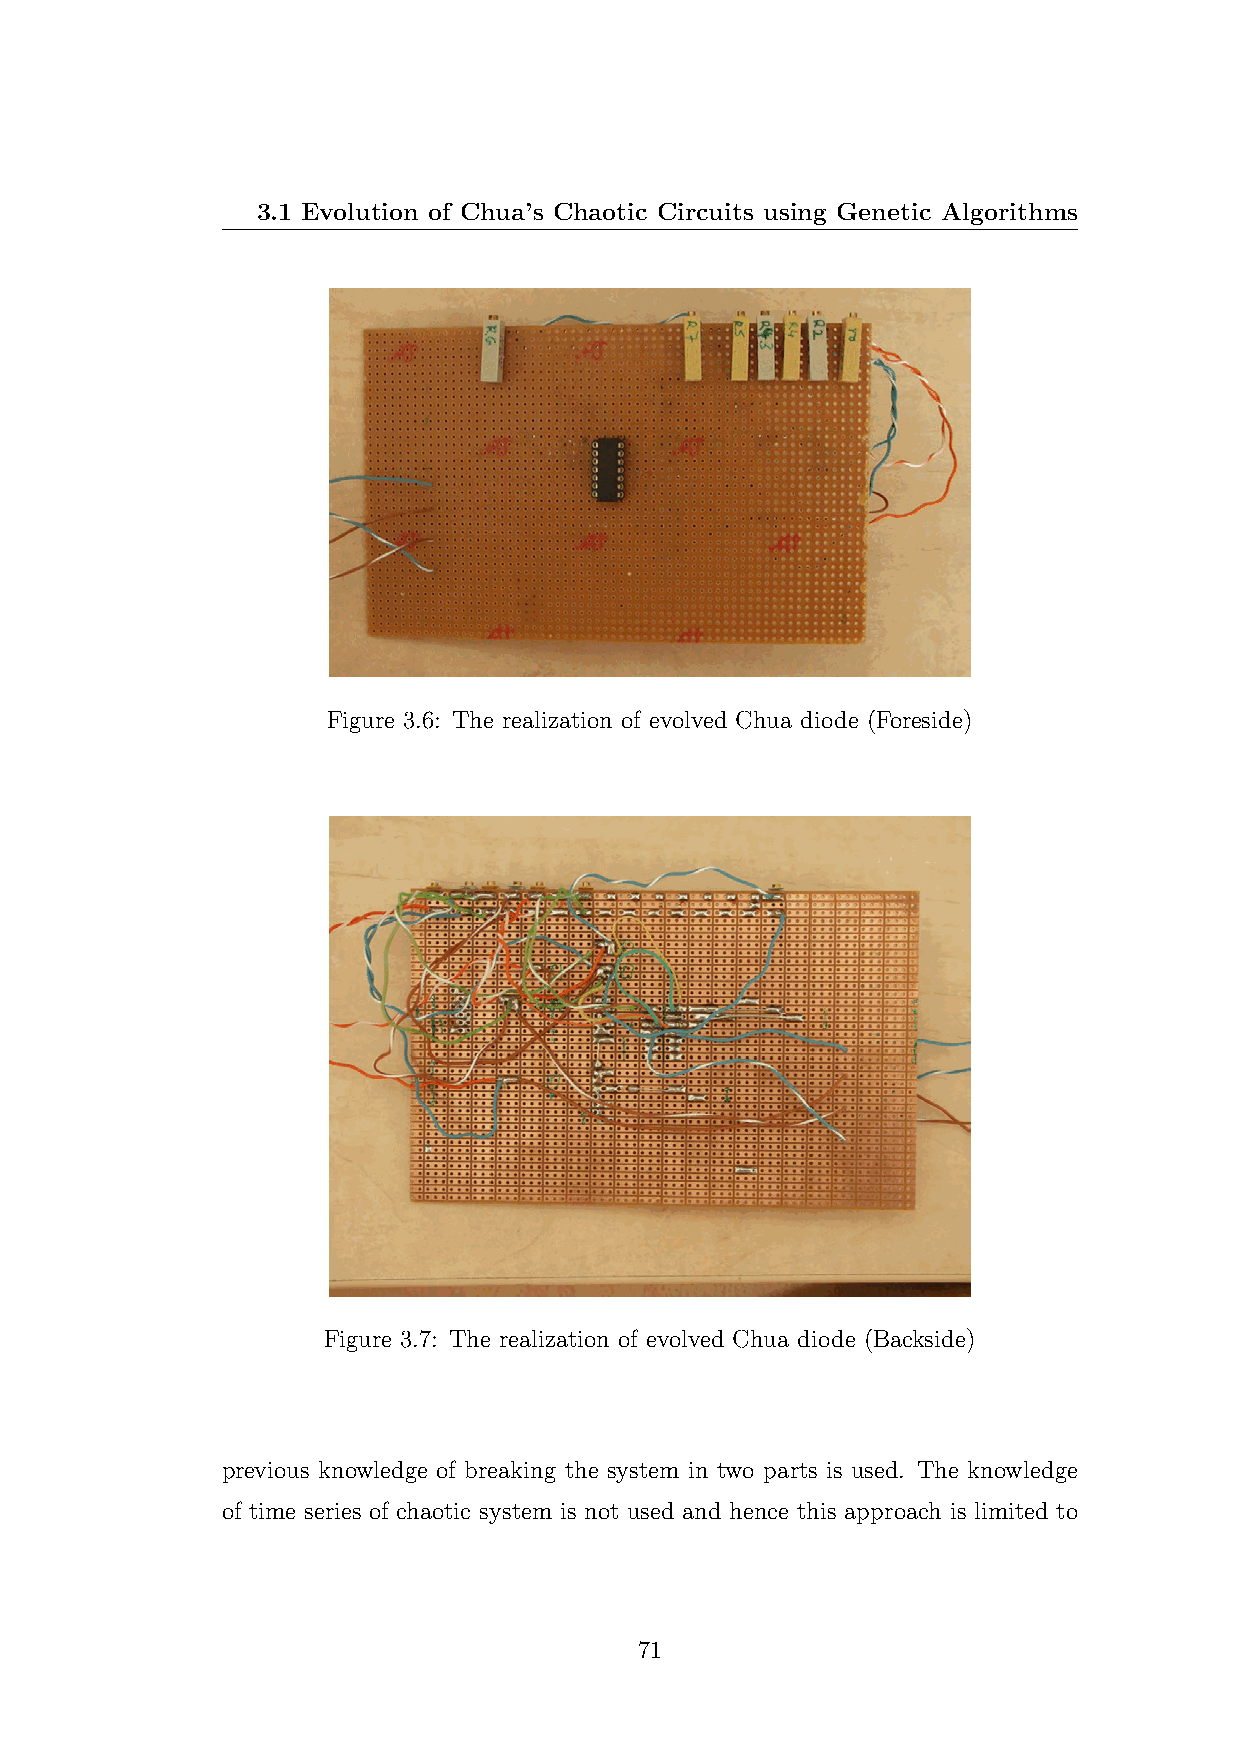
3.1 Evolution of Chua’s Chaotic Circuits using Genetic Algorithms
 Figure 3.6: The realization of evolved Chua diode (Foreside)
 Figure 3.7: The realization of evolved Chua diode (Backside)
 previous knowledge of breaking the system in two parts is used. The knowledge
 of time series of chaotic system is not used and hence this approach is limited to
 71